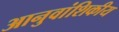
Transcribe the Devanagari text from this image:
आनुवांशिकीय